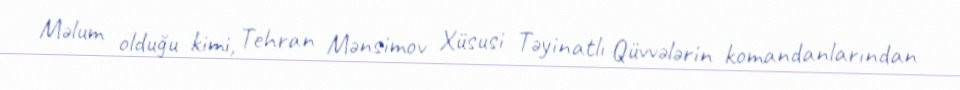
Məlum olduğu kimi, Tehran Mənsimov Xüsusi Təyinatlı Qüvvələrin komandanlarından